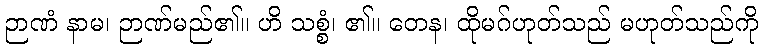
ဉာဏံ နာမ၊ ဉာဏ်မည်၏။ ဟိ သစ္စံ၊ ၏။ တေန၊ ထိုမဂ်ဟုတ်သည် မဟုတ်သည်ကို